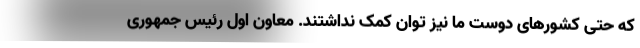
که حتی کشورهای دوست ما نیز توان کمک نداشتند. معاون اول رئیس جمهوری